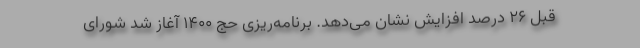
قبل ۲۶ درصد افزایش نشان می‌دهد. برنامه‌ریزی حج ۱۴۰۰ آغاز شد شورای